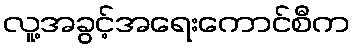
လူ့အခွင့်အရေးကောင်စီက